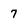
Character: 7